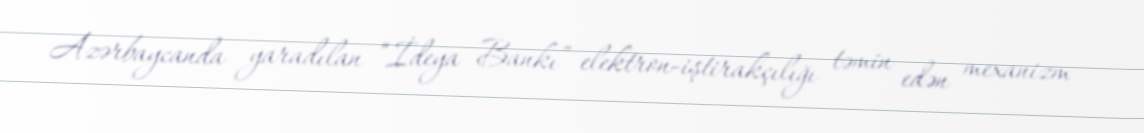
Azərbaycanda yaradılan “İdeya Bankı” elektron-iştirakçılığı təmin edən mexanizm